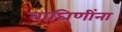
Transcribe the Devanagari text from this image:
वाघिणींना